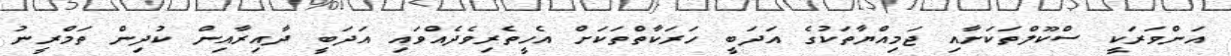
އަންވަރަކީ ސްކޫލްތަކަށާއި ޖަމިއްޔާތަކުގެ އަދަބީ ހަރަކާތްތަކަށް އެހީތެރިވެދެއްވައި އަދަބީ ދާއިރާއިން ކުދިން ތަމްރީނު